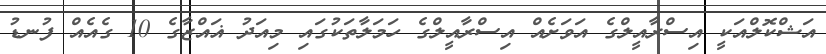
އަޝްކޮލްއަކީ އިސްރާއީލްގެ އަވަށެއް އިސްރާއީލްގެ ހަމަލާތަކުގައި މިއަދު ޣައްޒާގެ 10 ގެއެއް ފުނޑު